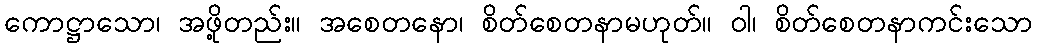
ကောဋ္ဌာသော၊ အဖို့တည်း။ အစေတနော၊ စိတ်စေတနာမဟုတ်။ ဝါ၊ စိတ်စေတနာကင်းသော